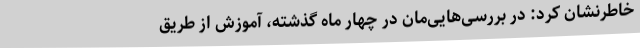
خاطرنشان کرد: در بررسی‌هایی‌مان در چهار ماه گذشته، آموزش‌ از طریق